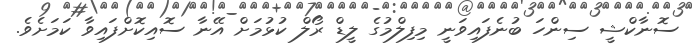
ސޮނާކްޝީ ސިންހަ ބުނެފައިވަނީ މިފިލްމުގެ ލީޑް ރޯލް ކުޅުމަށް އޭނާ ސޮއިކޮށްފައިވާ ކަމަށެވެ.